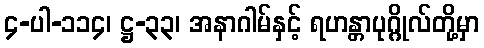
၄-ပါ-၁၁၄၊ ဋ္ဌ-၃၃၊ အနာဂါမ်နှင့် ရဟန္တာပုဂ္ဂိုလ်တို့မှာ